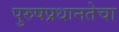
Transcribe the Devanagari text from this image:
पुरुषप्रधानतेचा